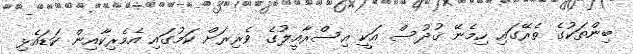
ބިންތަކުގެ ތެރޭގައި ހިމެނޭ ޤުދުސް އަކީ އިސްރާއީލުގެ ވެރިރަށް ކަމުގައި އެމެރިކާއިން ކަޑައެޅި